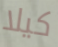
كيلا